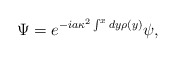
\begin{align*}\Psi=e^{-i a \kappa^2\int^x dy \rho(y)} \psi ,\end{align*}